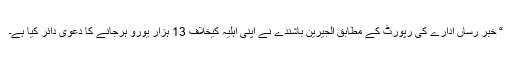
“ خبر رساں ادارے کی رپورٹ کے مطابق الجیرین باشندے نے اپنی اہلیہ کیخلاف 13 ہزار یورو ہرجانے کا دعویٰ دائر کیا ہے۔